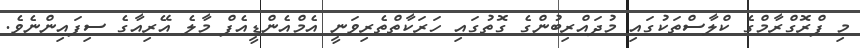
މި ޕްރޮގްރާމްގެ ކްލާސްތަކުގައި މުދައްރިބުންގެ ގޮތުގައި ހަރަކާތްތެރިވަނީ އެމްއެންޑީއެފް މާލެ އޭރިއާގެ ސިފައިންނެވެ.